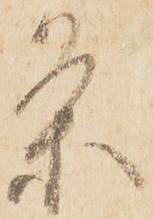
条